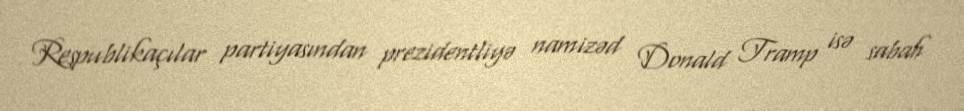
Respublikaçılar partiyasından prezidentliyə namizəd Donald Tramp isə sabah